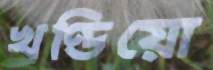
খণ্ডিয়ো